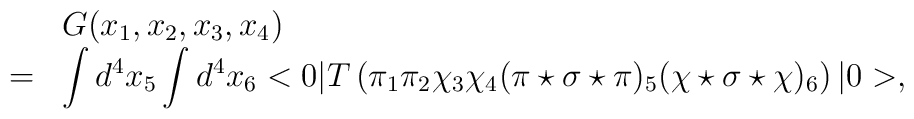
\begin{array}{rl}&G(x_1,x_2,x_3,x_4)\\=&\displaystyle\int d^4x_5\int d^4x_6<0|T\left(\pi_1\pi_2\chi_3\chi_4(\pi\star\sigma\star\pi)_5(\chi\star\sigma\star\chi)_6\right)|0>,\end{array}